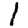
Digit: 1